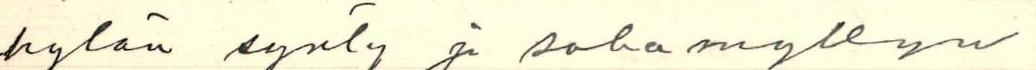
kylän synty ja sahamyllyn